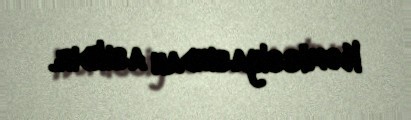
Komissiyasından asılıdır.